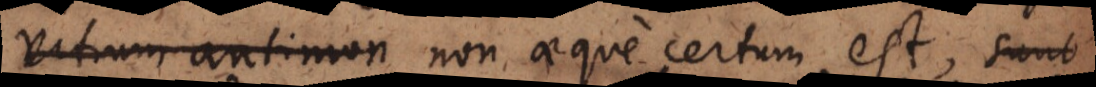
vitrum antimon non aeque certum est,